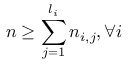
n \ge \sum _ { j = 1 } ^ { l _ { i } } n _ { i , j } , \forall i